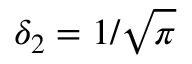
\delta _ { 2 } = 1 / \sqrt { \pi }